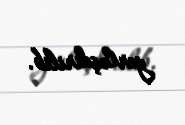
yerləşdirilib.